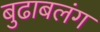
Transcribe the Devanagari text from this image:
बुढाबलंग